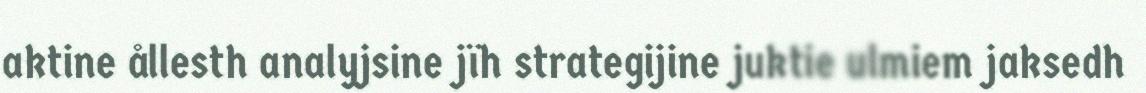
aktine ållesth analyjsine jïh strategijine juktie ulmiem jaksedh